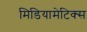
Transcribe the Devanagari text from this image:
मिडियामेटिक्स